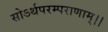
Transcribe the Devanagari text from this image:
सोऽर्थपरम्पराणाम्।।